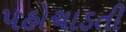
પહોચાડતી